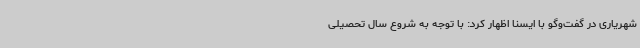
شهریاری در گفت‌وگو با ایسنا اظهار کرد: با توجه به شروع سال تحصیلی